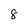
Character: 8